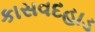
કાસવદહાડ